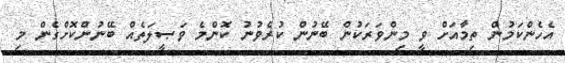
އެހެންކަމުން ތިމާއަށް ވީ މިންވަރަކުން ބޭނުން ކުރެވުނު ކޮންމެ ވަޞީލަތެއް ބޭނުންކޮށްގެން މި